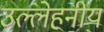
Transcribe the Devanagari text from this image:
उल्लेहनीय